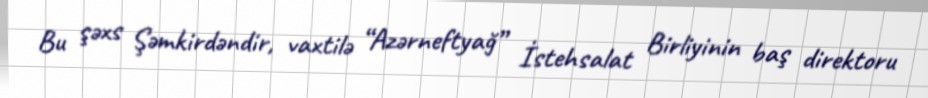
Bu şəxs Şəmkirdəndir, vaxtilə “Azərneftyağ” İstehsalat Birliyinin baş direktoru